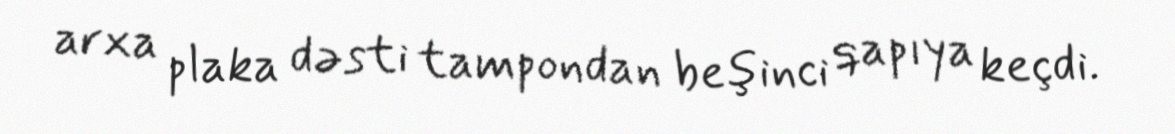
arxa plaka dəsti tampondan beşinci qapıya keçdi.